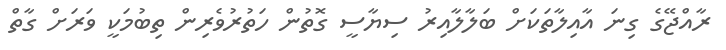
ރާއްޖޭގެ ގިނަ އާއިލާތަކަށް ބަލާލާއިރު ސިޔާސީ ގޮތުން ހަތުރުވެރިން ތިބުމަކީ ވަރަށް ގާތް